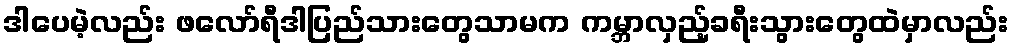
ဒါပေမဲ့လည်း ဖလော်ရီဒါပြည်သားတွေသာမက ကမ္ဘာလှည့်ခရီးသွားတွေထဲမှာလည်း